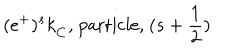
LaTeX: ( e ^ { + } ) ^ { s } k _ { \dot { C } } \mathrm { , ~ p a r t i c l e , ~ } ( s + \frac { 1 } { 2 } )